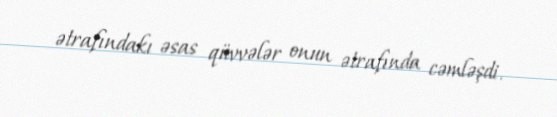
ətrafındakı əsas qüvvələr onun ətrafında cəmləşdi.